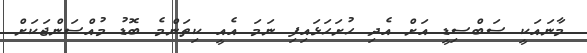
މާނައަކީ ސަބްސިޑީ އަށް އެދި ހުށަހަޅައިފި ނަމަ އެއީ ކިތަންމެ ބޮޑު މުއްސަންޖަކަށް